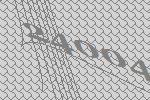
24004